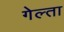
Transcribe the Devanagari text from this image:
गेल्ता